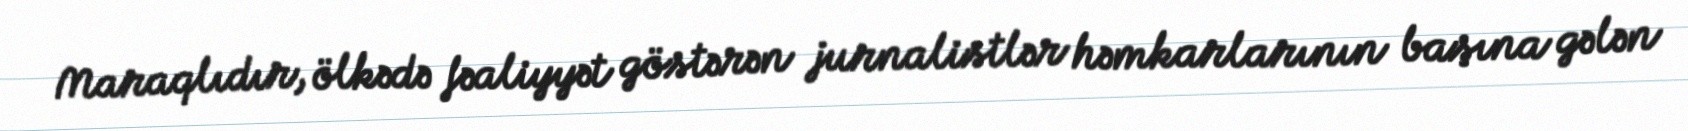
Maraqlıdır, ölkədə fəaliyyət göstərən jurnalistlər həmkarlarının başına gələn